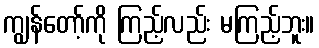
ကျွန်တော့်ကို ကြည့်လည်း မကြည့်ဘူး။